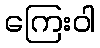
ကြေးဝါ